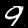
Digit: 9